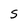
Character: S